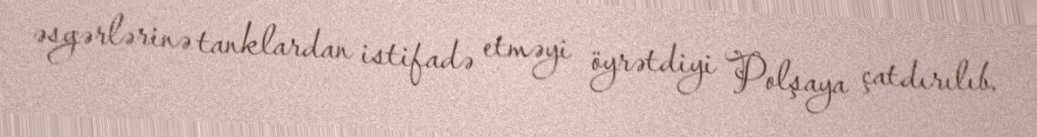
əsgərlərinə tanklardan istifadə etməyi öyrətdiyi Polşaya çatdırılıb.